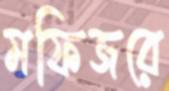
মফিজরে